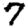
Digit: 7